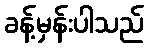
ခန့်မှန်းပါသည်